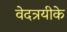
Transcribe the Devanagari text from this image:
वेदत्रयीके